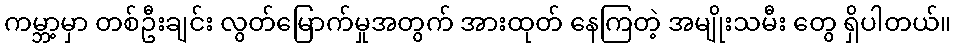
ကမ္ဘာ့မှာ တစ်ဦးချင်း လွတ်မြောက်မှုအတွက် အားထုတ် နေကြတဲ့ အမျိုးသမီး တွေ ရှိပါတယ်။